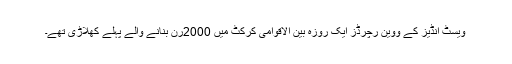
ویسٹ انڈیز کے ووین رچرڈز ایک روزہ بین الاقوامی کرکٹ میں 2000رن بنانے والے پہلے کھلاڑی تھے۔